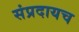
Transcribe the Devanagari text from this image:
संप्रदायच